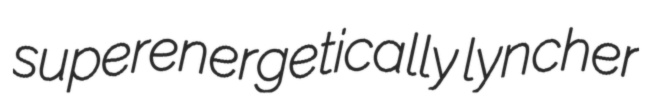
superenergetically lyncher